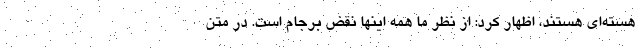
هسته‌ای هستند، اظهار کرد: از نظر ما همه اینها نقض برجام است. در متن